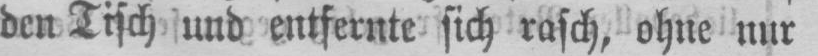
den Tisch und entfernte sich rasch, ohne nur